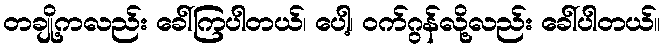
တချို့ကလည်း ခေါ်ကြပါတယ်၊ ပေါ့၊ ဝက်ဂွန်လို့လည်း ခေါ်ပါတယ်။